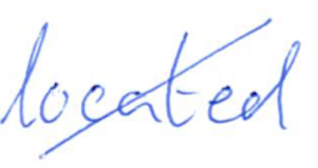
Text: located
Cross-out: diagonal
Writing tool: ballpoint